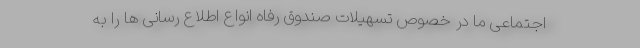
اجتماعی ما در خصوص تسهیلات صندوق رفاه انواع اطلاع رسانی ها را به